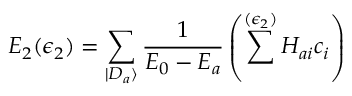
E _ { 2 } ( \epsilon _ { 2 } ) = \sum _ { | D _ { a } \rangle } \frac { 1 } { E _ { 0 } - E _ { a } } \left( \sum ^ { ( \epsilon _ { 2 } ) } H _ { a i } c _ { i } \right)